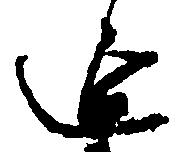
延